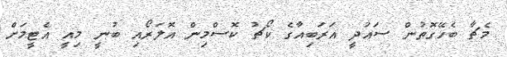
މެޗާ ބެހޭގޮތުން ސައުދީ އަރަބިއާގެ ކޯޗު ކޮސްމިން އޮލަރޯއި ބުނީ މިއީ އެޓީމަށް